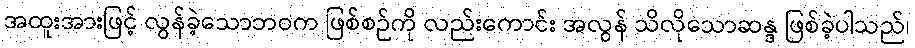
အထူးအားဖြင့် လွန်ခဲ့သောဘဝက ဖြစ်စဉ်ကို လည်းကောင်း အလွန် သိလိုသောဆန္ဒ ဖြစ်ခဲ့ပါသည်၊